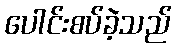
ပေါင်းစပ်ခဲ့သည်